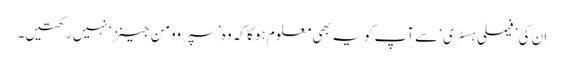
ان کی ’فیملی ہسٹری‘ سے آپ کو یہ بھی معلوم ہوگا کہ وہ ’ سپر وومن جینز‘ نہیں رکھتیں۔